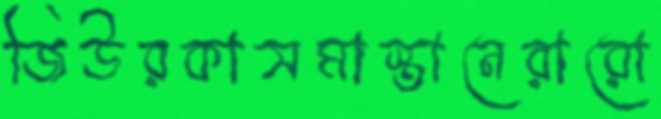
জিউরকাসমাস্তানেরারো